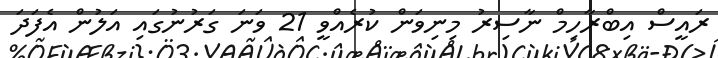
ރައީސް އިބްރާހިމް ނާސިރު މިނިވަން ކުރެއްވީ 21 ވަނަ ގަރުނުގައި އަލުން އެފަދަ